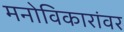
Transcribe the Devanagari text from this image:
मनोविकारांवर